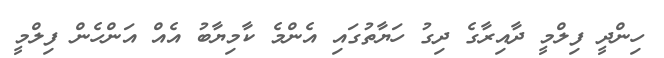
ހިންދީ ފިލްމީ ދާއިރާގެ ދިގު ހަޔާތުގައި އެންމެ ކާމިޔާބު އެއް އަންހެން ފިލްމީ